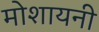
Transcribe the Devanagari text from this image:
मोशायनी